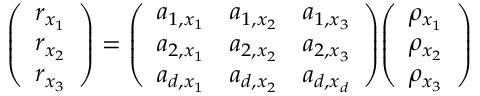
{ \left( \begin{array} { l } { r _ { x _ { 1 } } } \\ { r _ { x _ { 2 } } } \\ { r _ { x _ { 3 } } } \end{array} \right) } = { \left( \begin{array} { l l l } { a _ { 1 , x _ { 1 } } } & { a _ { 1 , x _ { 2 } } } & { a _ { 1 , x _ { 3 } } } \\ { a _ { 2 , x _ { 1 } } } & { a _ { 2 , x _ { 2 } } } & { a _ { 2 , x _ { 3 } } } \\ { a _ { d , x _ { 1 } } } & { a _ { d , x _ { 2 } } } & { a _ { d , x _ { d } } } \end{array} \right) } { \left( \begin{array} { l } { \rho _ { x _ { 1 } } } \\ { \rho _ { x _ { 2 } } } \\ { \rho _ { x _ { 3 } } } \end{array} \right) }